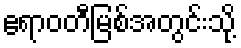
ဧရာဝတီမြစ်အတွင်းသို့